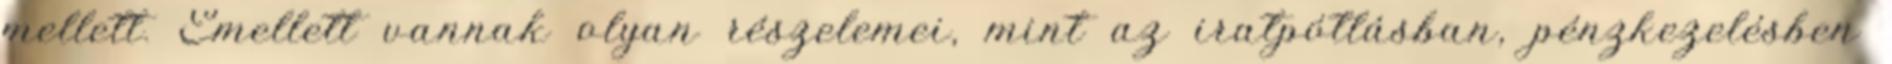
mellett. Emellett vannak olyan részelemei, mint az iratpótlásban, pénzkezelésben